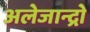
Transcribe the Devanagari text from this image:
अलेजान्द्रो